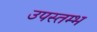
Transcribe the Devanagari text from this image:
उपस्तम्भ